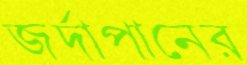
জর্দাপানের